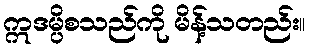
ဣဒမ္ပိစသည်ကို မိန့်သတည်း။